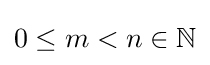
{\textstyle 0\leq m<n\in \mathbb {N} }